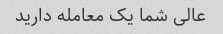
عالی شما یک معامله دارید